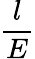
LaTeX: \frac{l}{E}